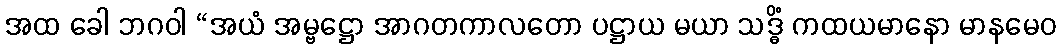
အထ ခေါ ဘဂဝါ “အယံ အမ္ဗဋ္ဌော အာဂတကာလတော ပဋ္ဌာယ မယာ သဒ္ဓိံ ကထယမာနော မာနမေဝ